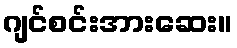
ဂျင်စင်းအားဆေး။